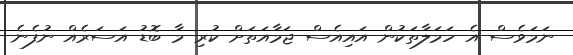
ނަމަވެސް އެ ހަމަލާތަކުން އައިއެސް ޖަމާއަތަށް ކުރި މާ ބޮޑު އަސަރެއް ނުފެނެ